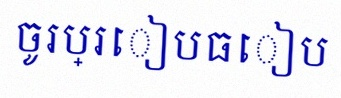
ចូរប្រៀបធៀប